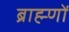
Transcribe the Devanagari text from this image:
ब्राह्म्णों